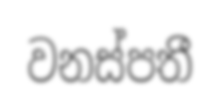
වනස්පතී